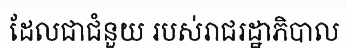
ដែលជាជំនួយ របស់រាជរដ្ឋាភិបាល